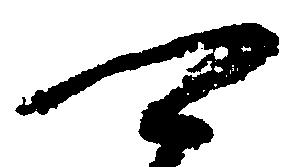
可